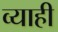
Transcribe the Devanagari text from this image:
व्‍याही